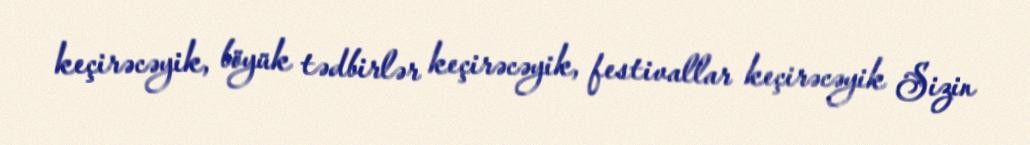
keçirəcəyik, böyük tədbirlər keçirəcəyik, festivallar keçirəcəyik Sizin